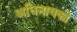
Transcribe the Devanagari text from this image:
अधिनायको